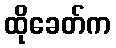
ထိုခေတ်က